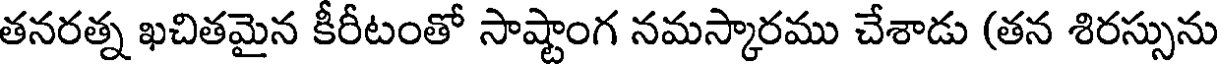
తనరత్న ఖచితమైన కీరీటంతో సాష్టాంగ నమస్కారము చేశాడు (తన శిరస్సును